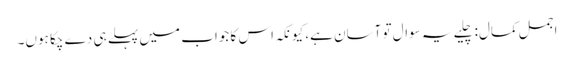
اجمل کمال:چلیے یہ سوال تو آسان ہے، کیونکہ اس کا جواب میں پہلے ہی دے چکا ہوں۔